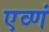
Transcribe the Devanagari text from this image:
एव्णं